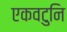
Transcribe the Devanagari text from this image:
एकवटुनि